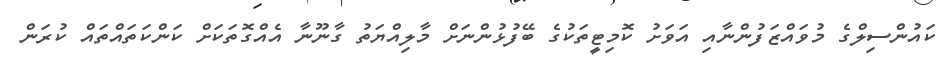
ކައުންސިލްގެ މުވައްޒަފުންނާއި އަވަށު ކޮމިޓީތަކުގެ ބޭފުޅުންނަށް މާލިއްޔަތު ގާނޫނާ އެއްގޮތަކަށް ކަންކަތައްތައް ކުރަން